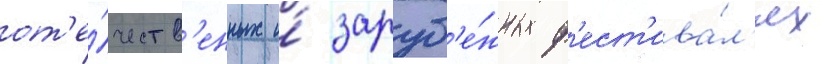
от'е́честв'енных и́ заруб'е́жных ф'ест'ива́л'ях